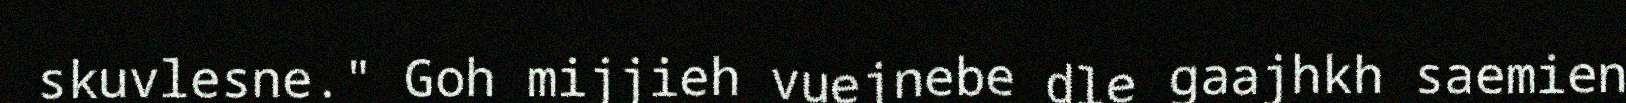
skuvlesne." Goh mijjieh vuejnebe dle gaajhkh saemien